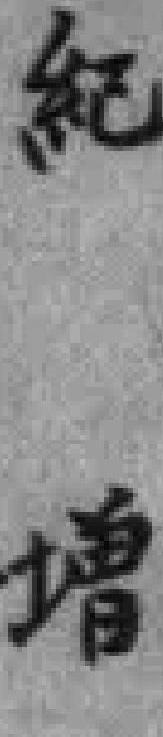
紀增